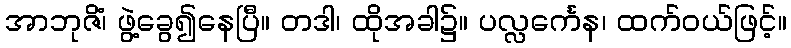
အာဘုဇိံ၊ ဖွဲ့ခွေ၍နေပြီ။ တဒါ၊ ထိုအခါ၌။ ပလ္လင်္ကေန၊ ထက်ဝယ်ဖြင့်။